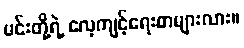
မင်းတို့ရဲ့ လေ့ကျင့်ရေးစာများလား။